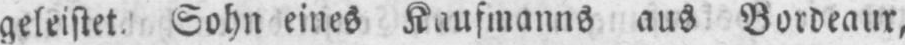
geleistet. Sohn eines Kaufmanns aus Bordeaur,